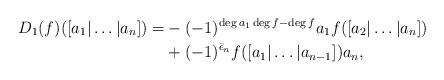
LaTeX: \begin{align*} D_{1}(f)([a_{1} | \dots | a_{n}]) =& - (-1)^{\deg a_{1} \deg f - \deg f} a_{1} f([a_{2} | \dots | a_{n}]) \\ &+ (-1)^{\bar{\epsilon}_{n}} f([a_{1} | \dots | a_{n-1}]) a_{n}, \end{align*}